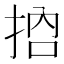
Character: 𢬷